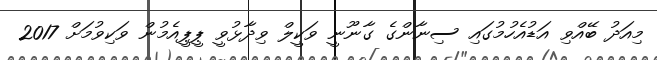
މިއަދު ބޭއްވި އަޑުއެހުމުގައި ސިނާންގެ ގާނޫނީ ވަކީލް ވިދާޅުވީ ޕީޕީއެމުން ވަކިވުމަށް 2017